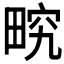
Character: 𤲏